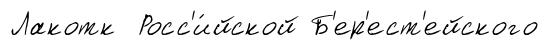
Лакотк Росс'и́йской Б'ер'ест'ейского